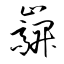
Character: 巐